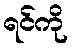
ရင်ကို